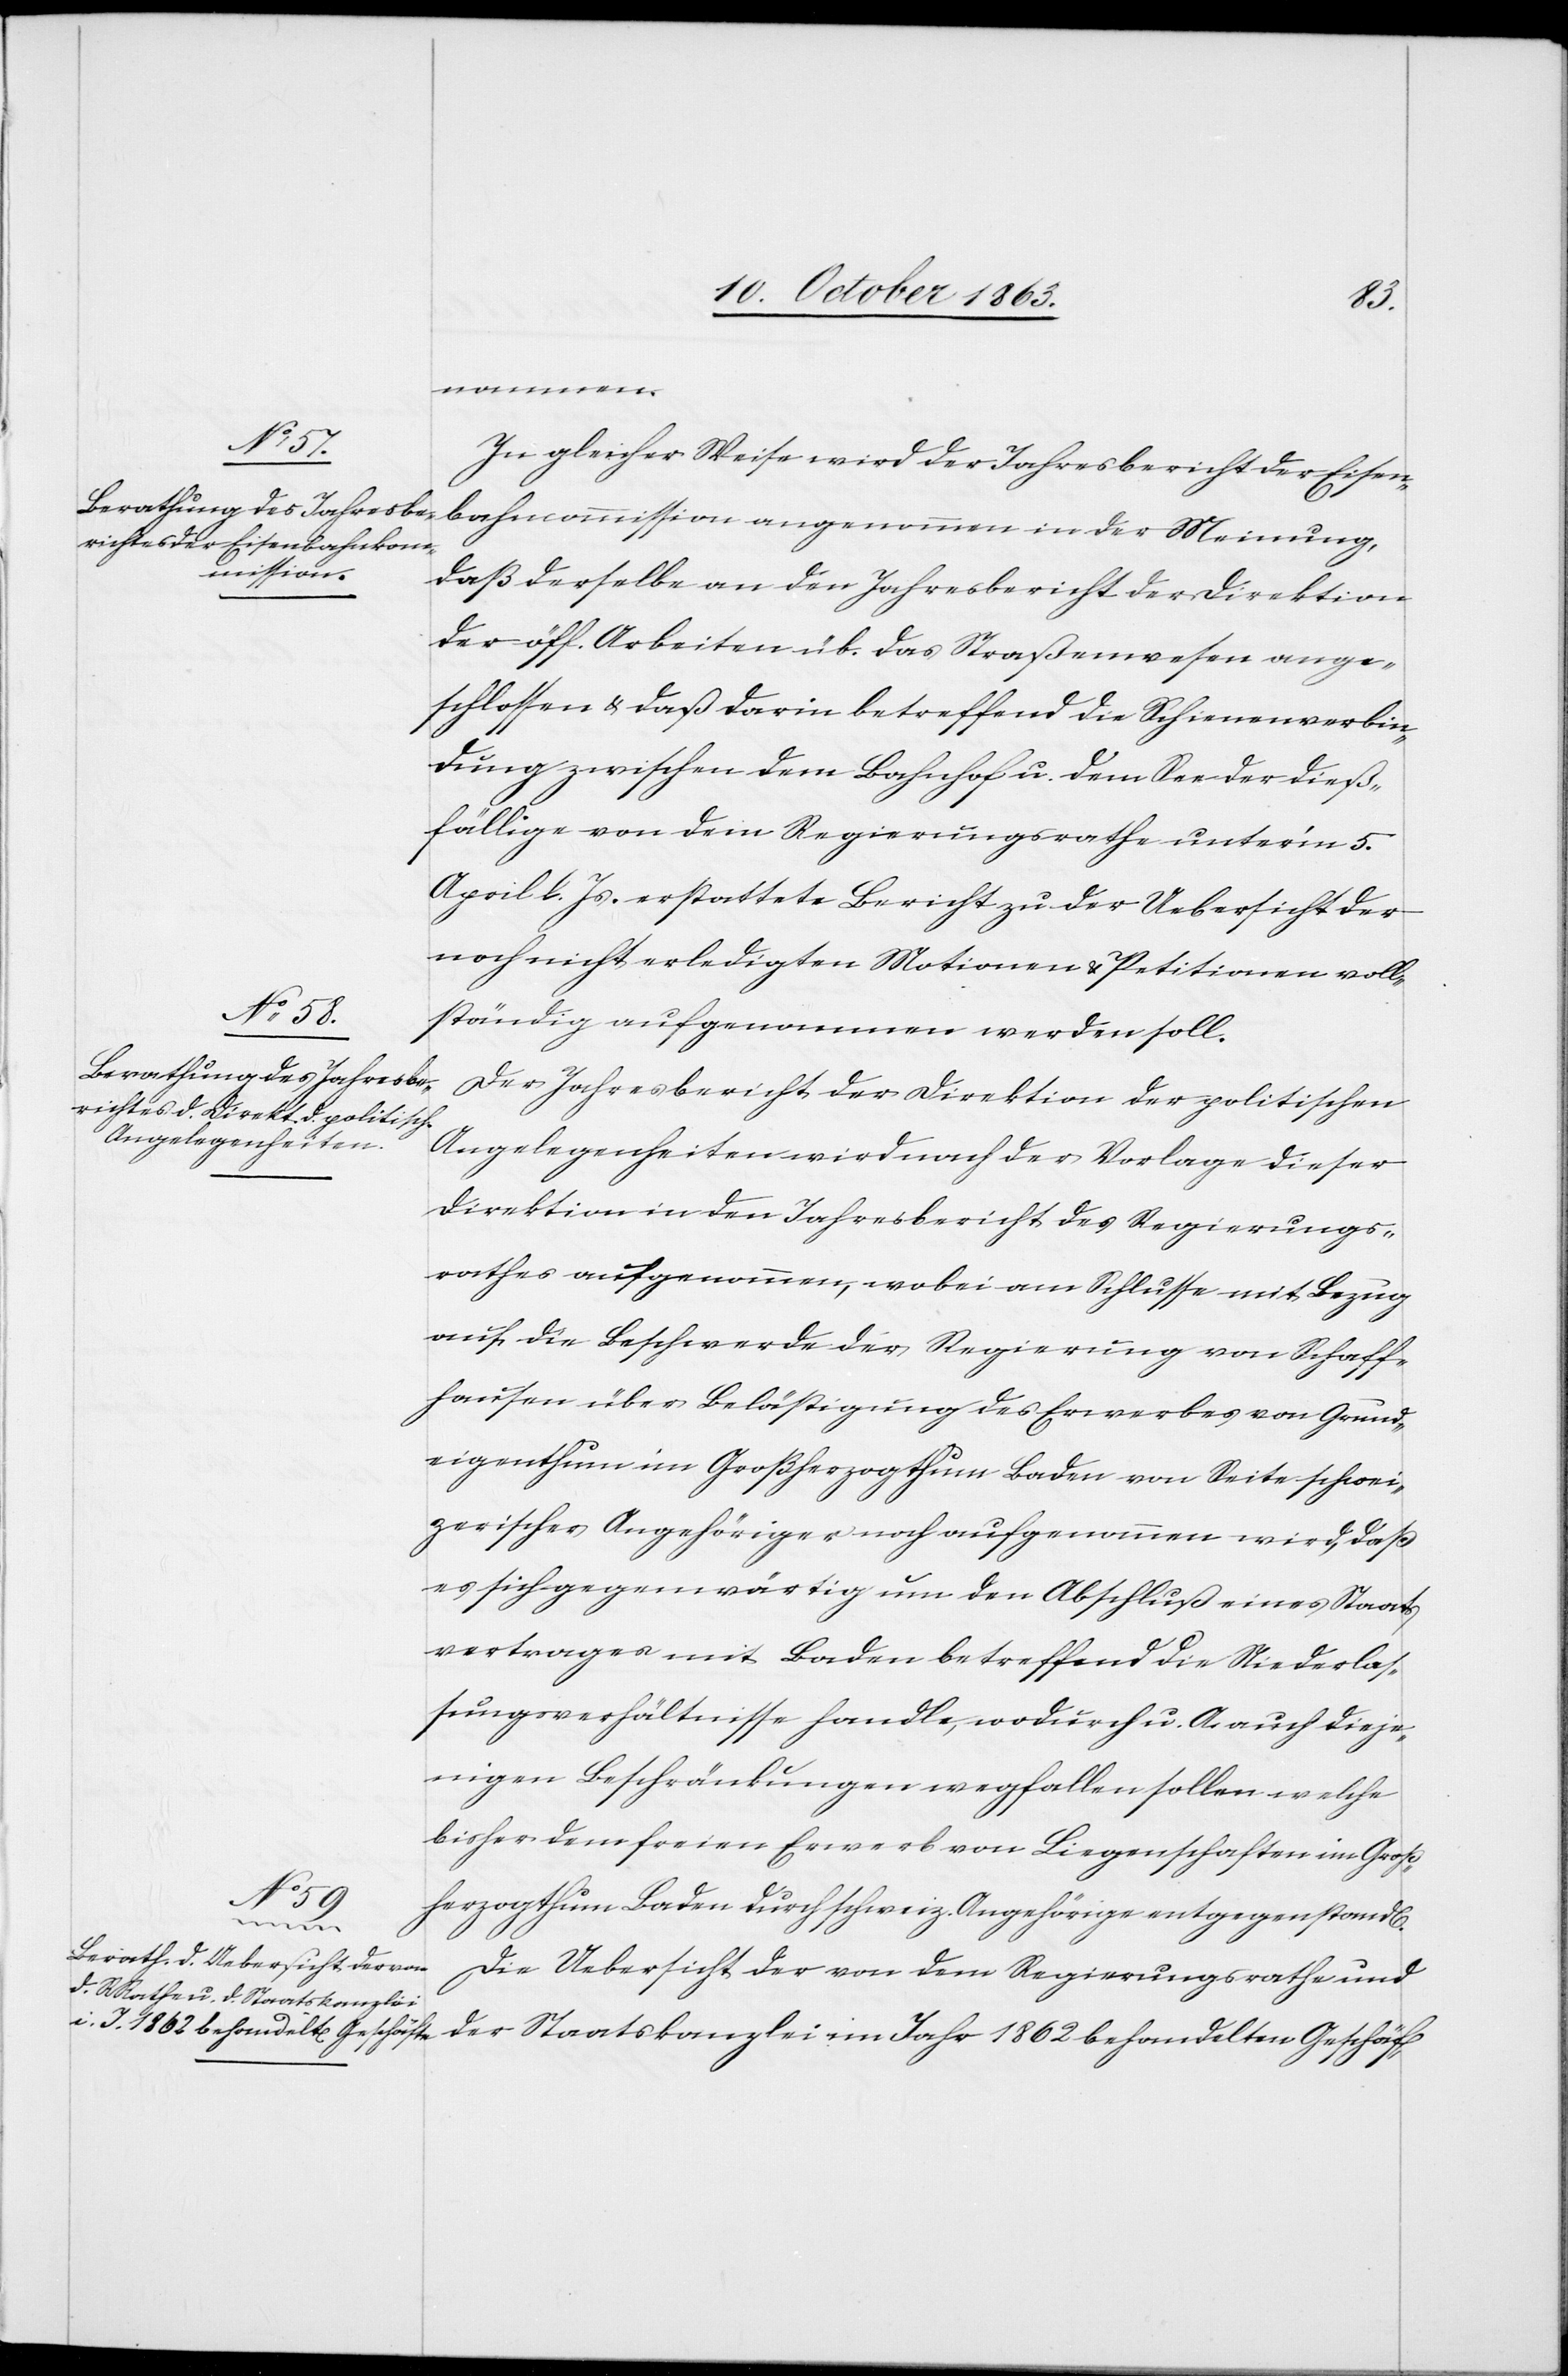
n].
nommen.
In gleicher Weise wird der Jahresbericht der Eisen¬
bahncommission angenommen in der Meinung,
daß derselbe an den Jahresbericht der Direktion
der öff. Arbeiten üb. das Straßenwesen ange¬
schlossen & daß darin betreffend die Schienenverbin¬
dung zwischen dem Bahnhof u. dem See der dieß¬
fällige von dem Regierungsrathe unter'm 5.
April l. Js. erstattete Bericht zu der Uebersicht der
noch nicht erledigten Motionen & Petitionen voll¬
ständig aufgenommen werden soll.
Der Jahresbericht der Direktion der politischen
Angelegenheiten wird nach der Vorlage dieser
Direktion in den Jahresbericht des Regierungs¬
rathes aufgenommen, wobei am Schlusse mit Bezug
auf die Beschwerde der Regierung von Schaff¬
hausen über Belästigung des Erwerbes von Grund¬
eigenthum im Großherzogthum Baden von Seite schwei¬
zerischer Angehöriger noch aufgenommen wird, daß
es sich gegenwärtig um den Abschluß eines Staats¬
vertrages mit Baden betreffend die Niederlas¬
sungsverhältnisse handle, wodurch u. A. auch dieje¬
nigen Beschränkungen wegfallen sollen welche
bisher dem freien Erwerb von Liegenschaften im Groß¬
herzogthum Baden durch schweiz. Angehörige entgegenstand[e¬
Die Uebersicht der von dem Regierungsrathe und
der Staatskanzlei im Jahr 1862 behandelten Geschäf-